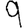
Digit: 9